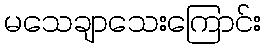
မသေချာသေးကြောင်း